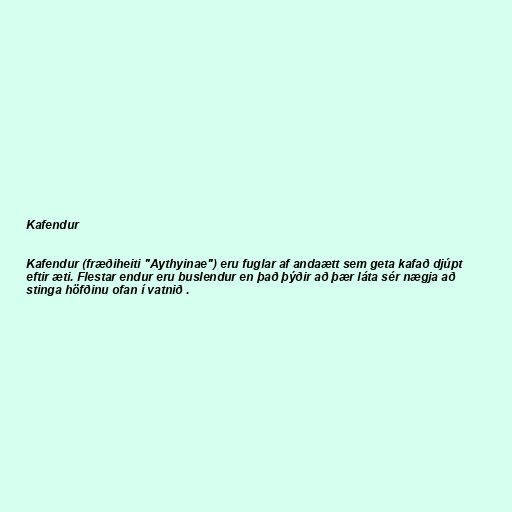
Kafendur

Kafendur (fræðiheiti "Aythyinae") eru fuglar af andaætt sem geta kafað djúpt
eftir æti. Flestar endur eru buslendur en það þýðir að þær láta sér nægja að
stinga höfðinu ofan í vatnið .